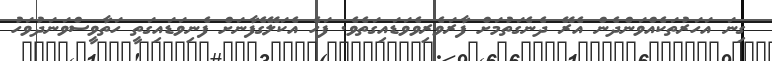
ގިނަ އަހަރުތަކެއްވަންދެން އެރޭ ދެނެގަތުމަށް ފާރަވެރިވެވަޑައިގަތެވެ. ފަހެ އެކަލޭގެފާނަށް ފެނިވަޑައިގަތީ ހަތާވީސްވަނަދުވަހު